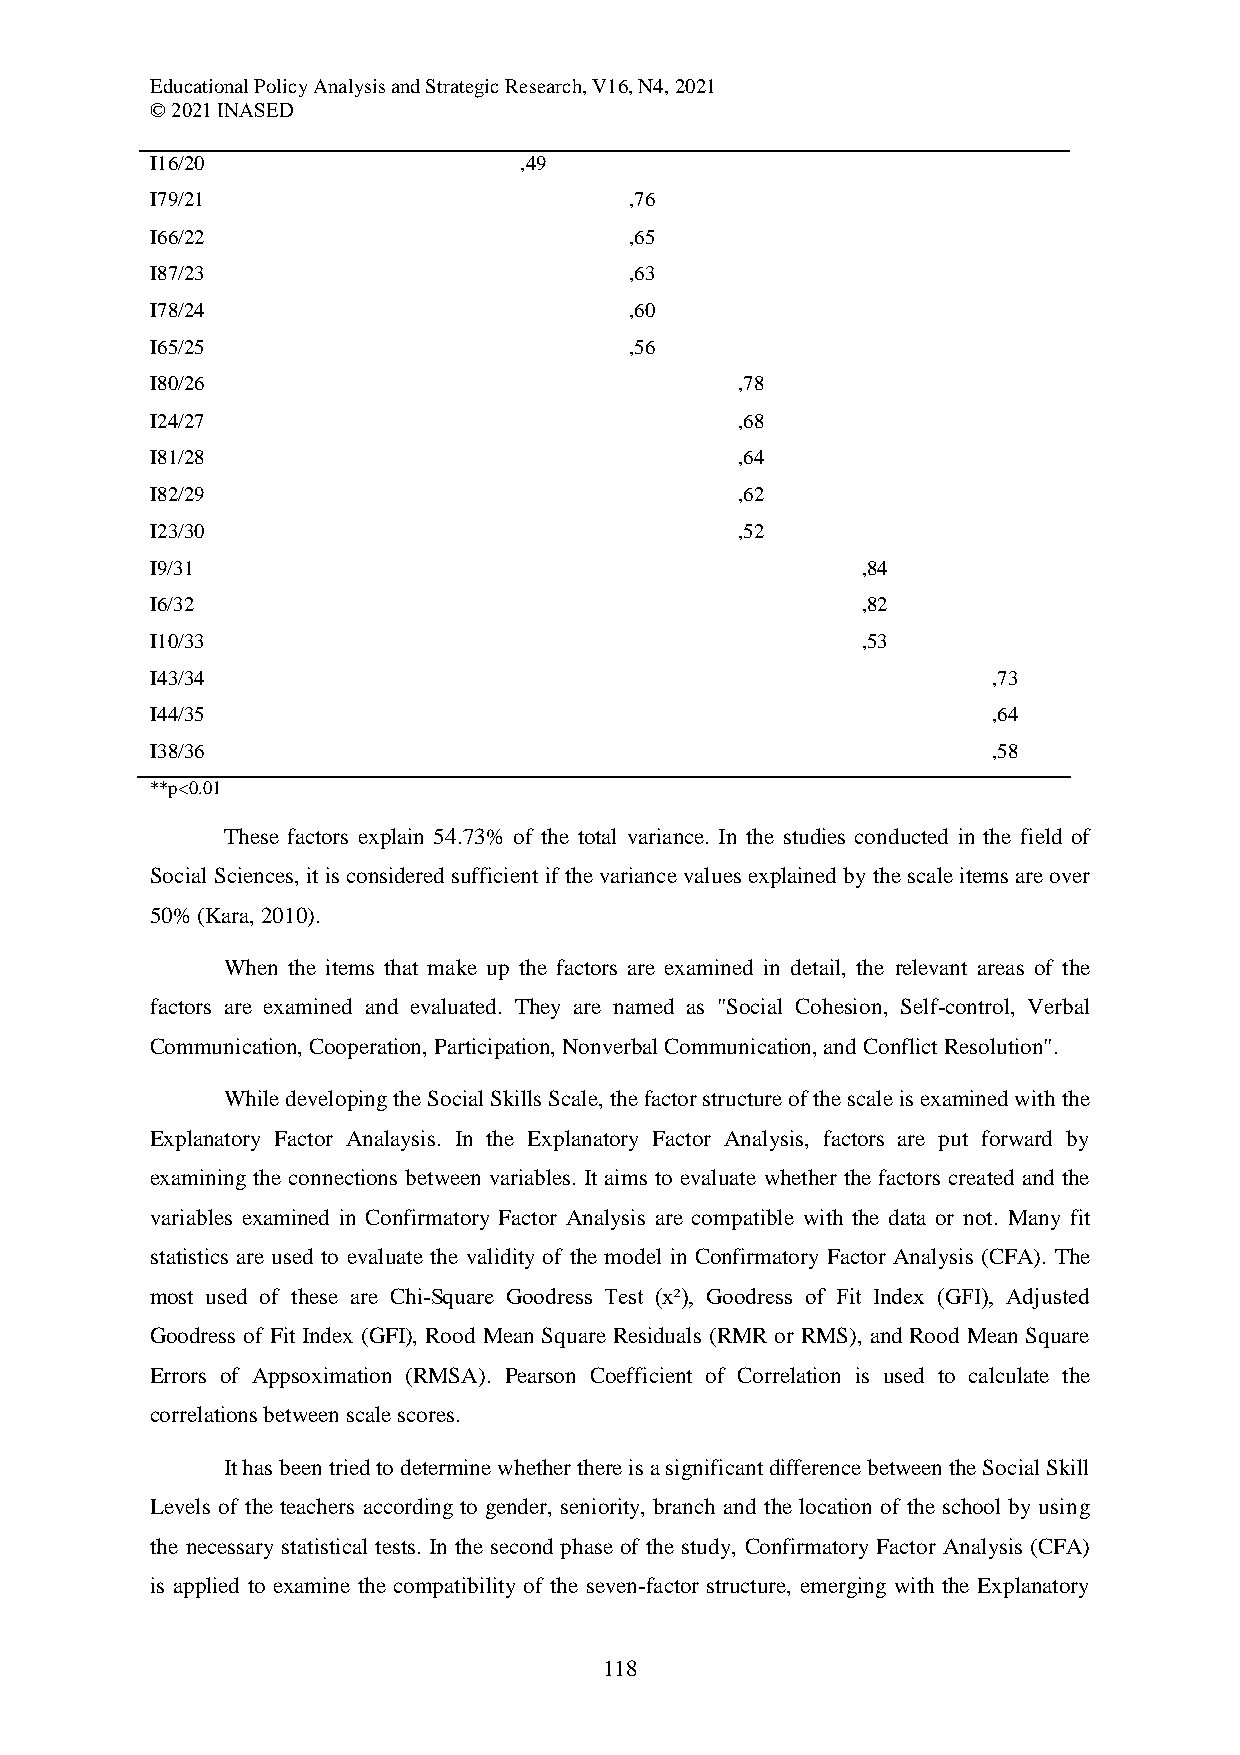
Educational Policy Analysis and Strategic Research, V16, N4, 2021
 © 2021 INASED
 I16/20                  ,49
 I79/21                          ,76
 I66/22                          ,65
 I87/23                          ,63
 I78/24                          ,60
 I65/25                          ,56
 I80/26                                 ,78
 I24/27                                 ,68
 I81/28                                 ,64
 I82/29                                 ,62
 I23/30                                 ,52
 I9/31                                          ,84
 I6/32                                          ,82
 I10/33                                         ,53
 I43/34                                                  ,73
 I44/35                                                  ,64
 I38/36                                                  ,58
 **p<0.01
 These factors explain 54.73% of the total variance. In the studies conducted in the field of
 Social Sciences, it is considered sufficient if the variance values explained by the scale items are over
 50% (Kara, 2010).
 When the items that make up the factors are examined in detail, the relevant areas of the
 factors are examined and evaluated. They are named as "Social Cohesion, Self-control, Verbal
 Communication, Cooperation, Participation, Nonverbal Communication, and Conflict Resolution".
 While developing the Social Skills Scale, the factor structure of the scale is examined with the
 Explanatory Factor Analaysis. In the Explanatory Factor Analysis, factors are put forward by
 examining the connections between variables. It aims to evaluate whether the factors created and the
 variables examined in Confirmatory Factor Analysis are compatible with the data or not. Many fit
 statistics are used to evaluate the validity of the model in Confirmatory Factor Analysis (CFA). The
 most used of these are Chi-Square Goodress Test (x²), Goodress of Fit Index (GFI), Adjusted
 Goodress of Fit Index (GFI), Rood Mean Square Residuals (RMR or RMS), and Rood Mean Square
 Errors of Appsoximation (RMSA). Pearson Coefficient of Correlation is used to calculate the
 correlations between scale scores.
 It has been tried to determine whether there is a significant difference between the Social Skill
 Levels of the teachers according to gender, seniority, branch and the location of the school by using
 the necessary statistical tests. In the second phase of the study, Confirmatory Factor Analysis (CFA)
 is applied to examine the compatibility of the seven-factor structure, emerging with the Explanatory
 118